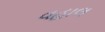
વહાલ